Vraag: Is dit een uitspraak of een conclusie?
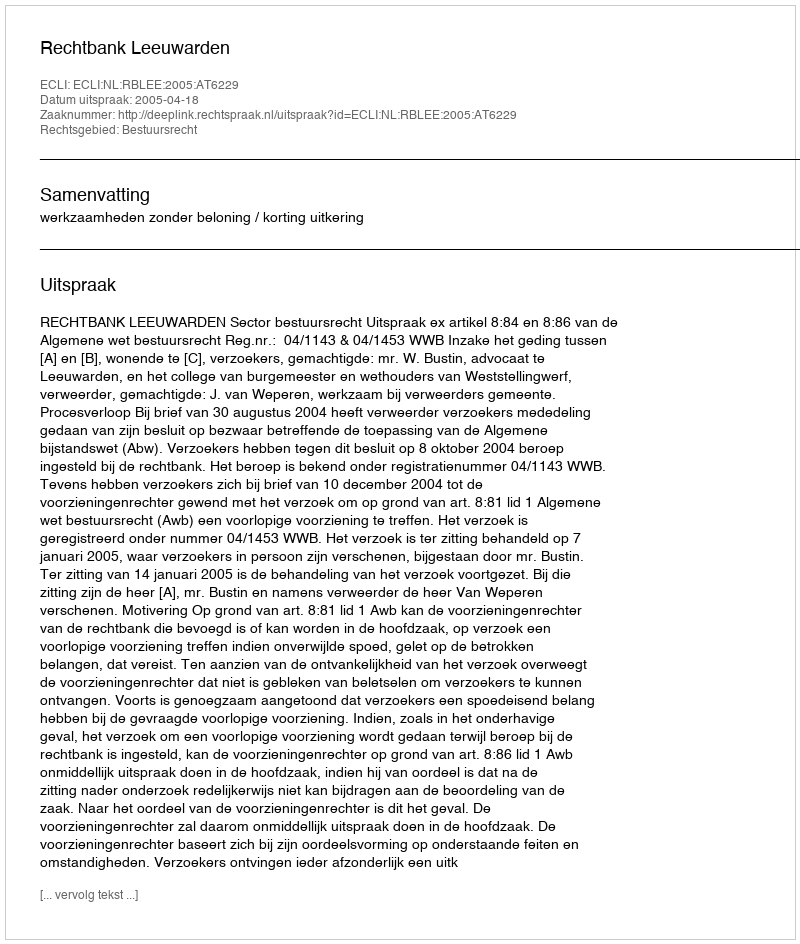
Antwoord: Uitspraak